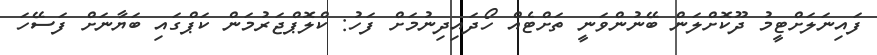
ފައިނަލަށްޓީމު ދޫކޮށްލަން ބޭނުންވަނީ ތަށްޓެއް ހޯދައިދިނުމަށް ފަހު: ކްލޮޕްޖަރުމަން ކަޕްގައި ބަޔާނަށް ފަސޭހަ